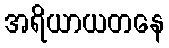
အရိယာယတနေ